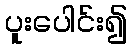
ပူးပေါင်း၍